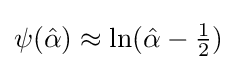
\psi ({\hat {\alpha }})\approx \ln({\hat {\alpha }}-{\tfrac {1}{2}})